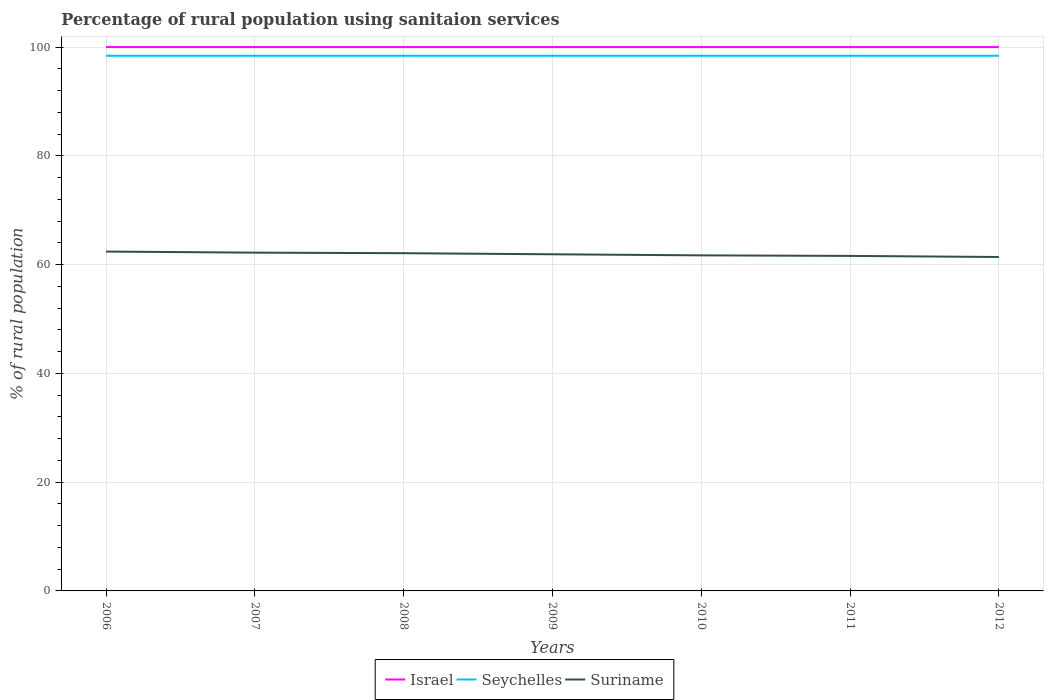
| Years | Israel | Seychelles | Suriname |
 | --- | --- | --- | --- |
 | 2006 | 100 | 98.4 | 62.4 |
 | 2007 | 100 | 98.4 | 62.2 |
 | 2008 | 100 | 98.4 | 62.1 |
 | 2009 | 100 | 98.4 | 61.9 |
 | 2010 | 100 | 98.4 | 61.7 |
 | 2011 | 100 | 98.4 | 61.6 |
 | 2012 | 100 | 98.4 | 61.4 |